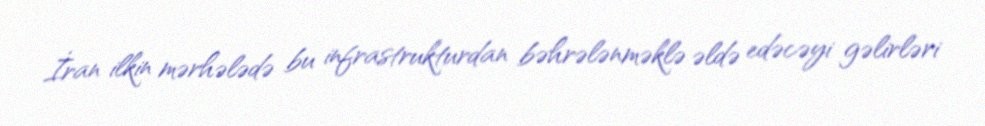
İran ilkin mərhələdə bu infrastrukturdan bəhrələnməklə əldə edəcəyi gəlirləri